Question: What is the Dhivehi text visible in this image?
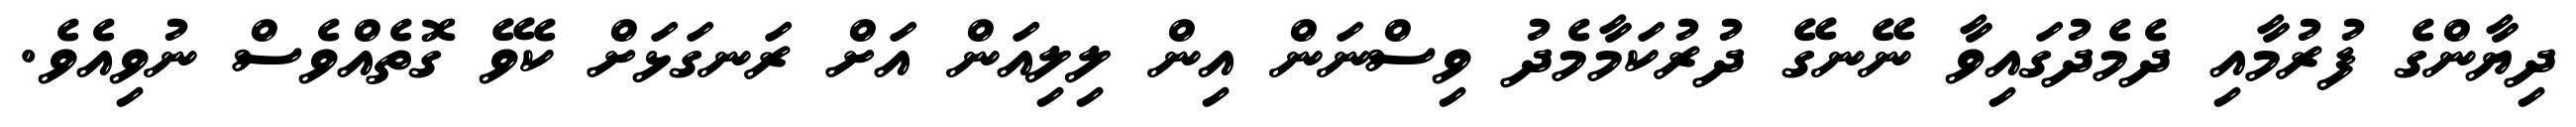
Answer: ދިޔާންގެ ފުރުމާއި ދެމެދުގައިވާ ނޭނގޭ ދުރުކަމާމެދު ވިސްނަން އިން ލިލިއަން އަށް ރަނގަޅަށް ކެވޭ ގޮތެއްވެސް ނުވިއެވެ.